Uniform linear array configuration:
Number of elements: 48
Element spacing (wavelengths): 0.75
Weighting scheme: hamming
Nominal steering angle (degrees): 30
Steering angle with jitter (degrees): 31.82
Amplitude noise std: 0.05
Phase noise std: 0.05

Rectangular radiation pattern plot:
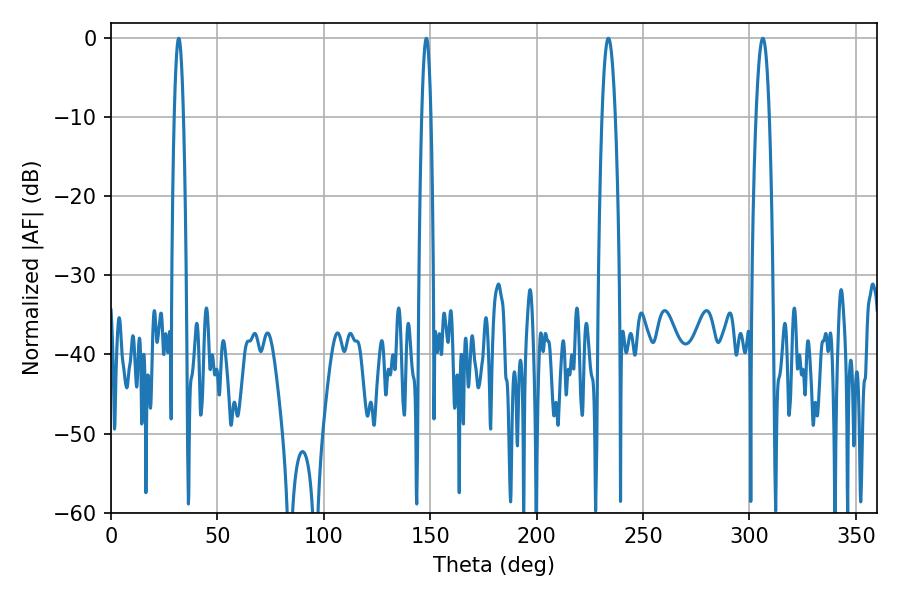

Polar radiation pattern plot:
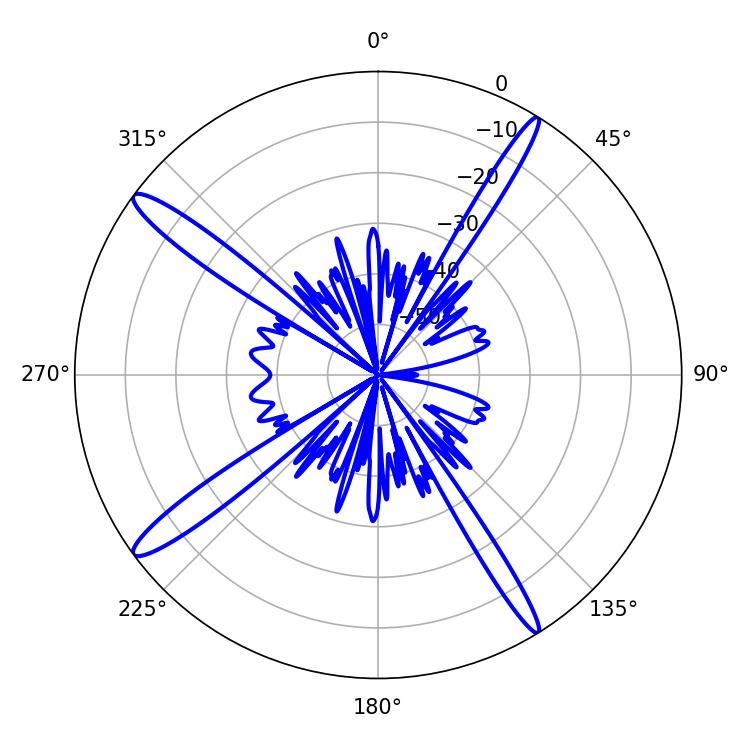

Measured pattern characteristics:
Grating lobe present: TRUE
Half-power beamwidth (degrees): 2.34
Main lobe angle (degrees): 31.86